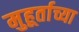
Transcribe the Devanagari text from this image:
मुहूर्ताच्या